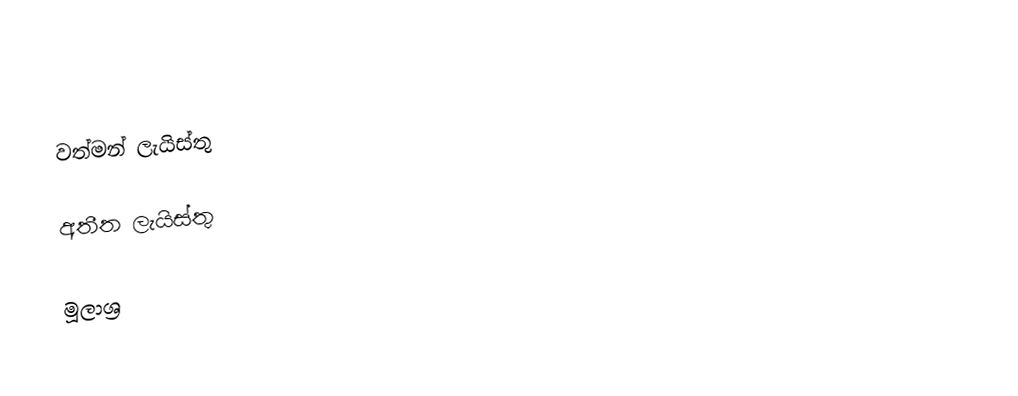

වත්මන් ලැයිස්තු

අතීත ලැයිස්තු

මූලාශ්‍ර